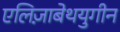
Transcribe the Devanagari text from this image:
एलिज़ाबेथयुगीन